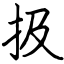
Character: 扱